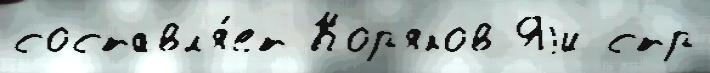
составл'я́ет Кор'яков Яjи стр